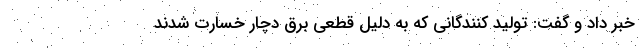
خبر داد و گفت: تولید کنندگانی که به دلیل قطعی برق دچار خسارت شدند